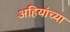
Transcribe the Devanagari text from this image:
अहियांच्या